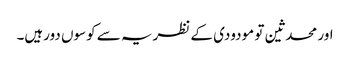
اور محدثین تو مودودی کے نظریہ سے کوسوں دورہیں۔